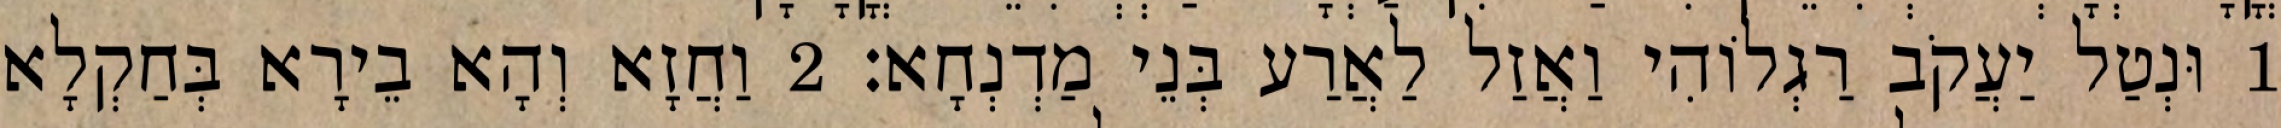
1 וּנְטַל יַעֲקֹב רַגְלוֹהִי וַאֲזַל לַאֲרַע בְּנֵי מַדְנְחָא׃ 2 וַחֲזָא וְהָא בֵירָא בְּחַקְלָא